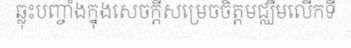
ឆ្លុះបញ្ចាំងក្នុងសេចក្តីសម្រេចចិត្តមជ្ឈឹមលើកទី